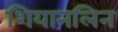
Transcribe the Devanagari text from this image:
शियानलिन